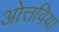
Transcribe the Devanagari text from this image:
ओत्तविया